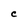
Character: C